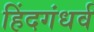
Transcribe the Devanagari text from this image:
हिंदगंधर्व